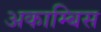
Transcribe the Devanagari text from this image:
अकाम्बिस